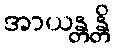
အာယန္တန္တိ